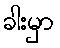
ခါးမှာ